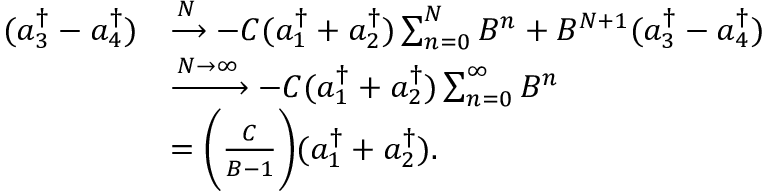
\begin{array} { r l } { ( a _ { 3 } ^ { \dagger } - a _ { 4 } ^ { \dagger } ) } & { \xrightarrow { N } - C ( a _ { 1 } ^ { \dagger } + a _ { 2 } ^ { \dagger } ) \sum _ { n = 0 } ^ { N } B ^ { n } + B ^ { N + 1 } ( a _ { 3 } ^ { \dagger } - a _ { 4 } ^ { \dagger } ) } \\ & { \xrightarrow { N \rightarrow \infty } - C ( a _ { 1 } ^ { \dagger } + a _ { 2 } ^ { \dagger } ) \sum _ { n = 0 } ^ { \infty } B ^ { n } } \\ & { = \bigg ( \frac { C } { B - 1 } \bigg ) ( a _ { 1 } ^ { \dagger } + a _ { 2 } ^ { \dagger } ) . } \end{array}